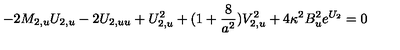
- 2 M _ { 2 , u } U _ { 2 , u } - 2 U _ { 2 , u u } + U _ { 2 , u } ^ { 2 } + ( 1 + { \frac { 8 } { a ^ { 2 } } } ) V _ { 2 , u } ^ { 2 } + 4 \kappa ^ { 2 } B _ { u } ^ { 2 } e ^ { U _ { 2 } } = 0